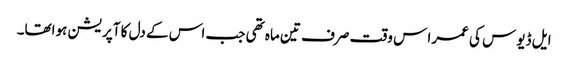
ایل ڈیوس کی عمرا س وقت صرف تین ماہ تھی جب اس کے دل کا آپریشن ہواتھا۔